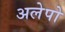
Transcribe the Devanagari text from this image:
अलेपो